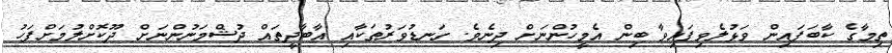
ތިމާގެ ކާބަފައިން ވަޅުލެވިފައިވާ ބިން އެމީހުންނަށް ދިނެވެ. ގަނޑުވަރުތަކާއި އާބާދީތައް ދުޝްމަނުންނަށް ދޫކޮށްލުމަށްފަހު